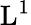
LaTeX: \mathrm{L}^{1}